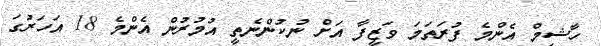
ހާޝިމް އެންމެ ފުރަތަމަ ވަޒީފާ އަށް ނުކުންނެތީ އުމުރުން އެންމެ 18 އަހަރުގަ